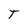
Character: T